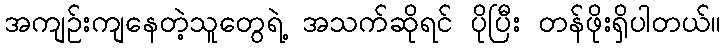
အကျဉ်းကျနေတဲ့သူတွေရဲ့ အသက်ဆိုရင် ပိုပြီး တန်ဖိုးရှိပါတယ်။